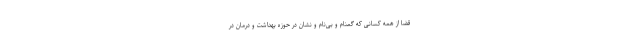
قضا از همه کسانی که گمنام و بی‌نام و نشان در حوزه بهداشت و درمان در